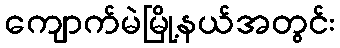
ကျောက်မဲမြို့နယ်အတွင်း